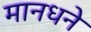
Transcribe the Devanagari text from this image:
मानधने